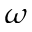
\omega